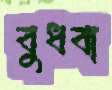
বুধবা